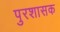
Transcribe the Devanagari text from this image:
पुरशासक